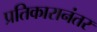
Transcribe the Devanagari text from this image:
प्रतिकारानंतर